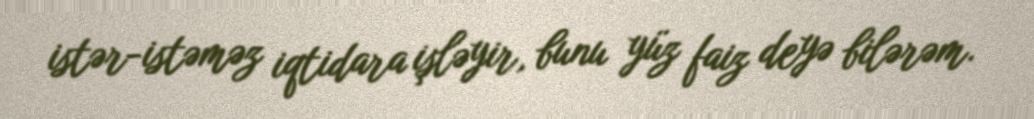
istər-istəməz iqtidara işləyir, bunu yüz faiz deyə bilərəm.